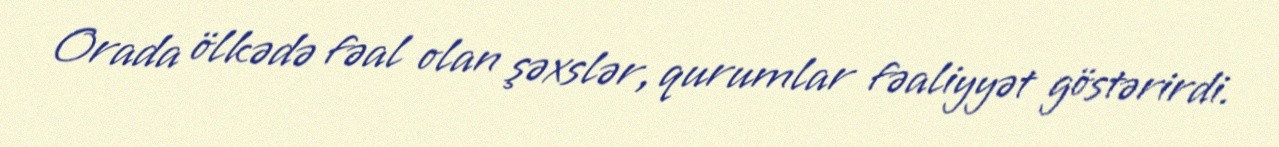
Orada ölkədə fəal olan şəxslər, qurumlar fəaliyyət göstərirdi.